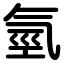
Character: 氫